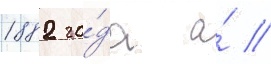
1882 го́да а́ //